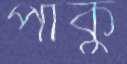
পাকু